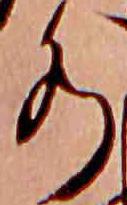
水